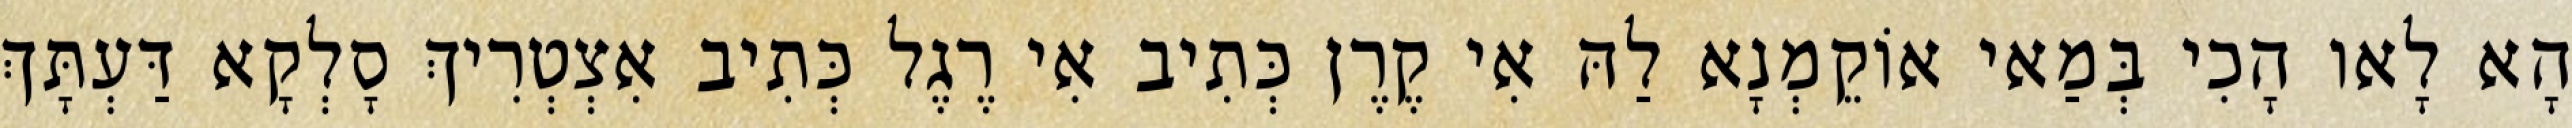
הָא לָאו הָכִי בְּמַאי אוֹקֵמְנָא לַהּ אִי קֶרֶן כְּתִיב אִי רֶגֶל כְּתִיב אִצְטְרִיךְ סָלְקָא דַּעְתָּךְ